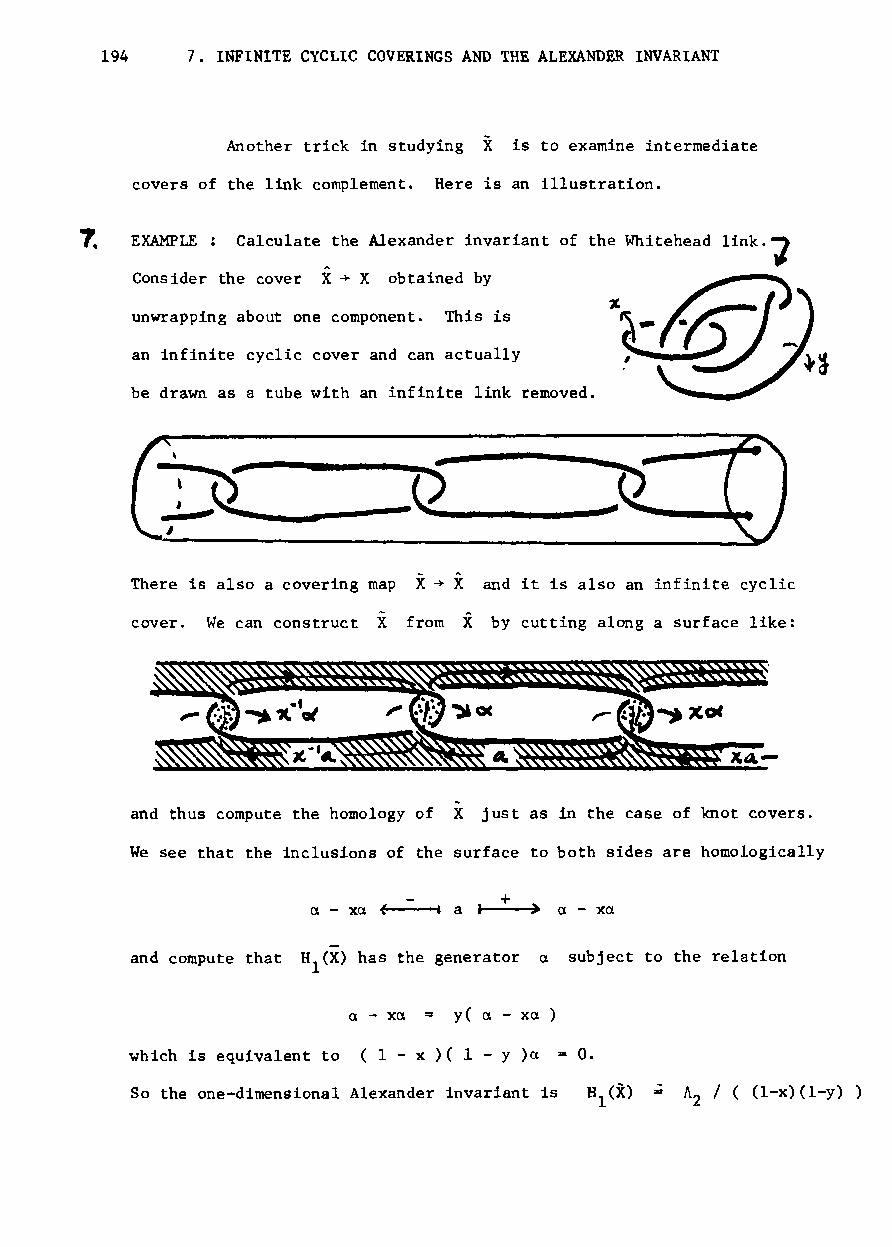
194  7. INFINITE CYCLIC COVERINGS AND THE ALEXANDER INVARIANT
 Another trick in studying X is to examine intermediate
 covers of the link complement. Here is an illustration.
 EXAMPLE : Calculate the Alexander invariant of the Whitehead link.~
 Consider the cover X-+X obtained by
 unwrapping about one component. This is
 an infinite cyclic cover and can actually
 be drawn as a tube with an infinite link removed.
 There is also a covering map X-+ X and it is also an infinite cyclic
 X
 cover. We can construct X from by cutting along a surface like:
 and thus compute the homology of X just as in the case of knot covers.
 We see that the inclusions of the surface to both sides are homologically
 ex - xex        a - xa
 and compute that Hl(X) has the generator ex subject to the relation
 a - xex y( ex - xa
 which is equivalent to (1 - x )( 1 - y)a O.
 So the one-dimensional Alexander invariant is A / ( (l-x)(l-y) )
 Z